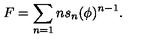
F = \sum _ { n = 1 } n s _ { n } ( \phi ) ^ { n - 1 } .